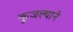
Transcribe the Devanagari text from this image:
कुजल्याने